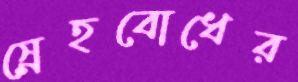
স্নেহবোধের